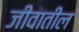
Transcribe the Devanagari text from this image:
जीवातील